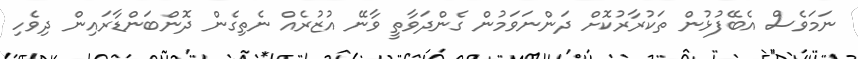
ނަމަވެސް އެބޭފުޅުން ތަކުރާރުކޮށް ދަންނަވަމުން ގެންދަވާތީ ވާނޭ އުޒުރެއް ނެތިގެން ދޮންބަންޑާރައިން ދިވެހި